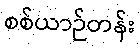
စစ်ယာဉ်တန်း